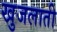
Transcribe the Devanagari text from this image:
खुजलाती